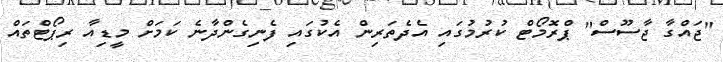
"ޖައްގާ ޖާސޫސް" ޕްރޮމޯޓް ކުރުމުގައި އެދެތަރިން އެކުގައި ފެނިގެންދާނެ ކަމަށް މީޑިއާ ރިޕޯޓްތައް